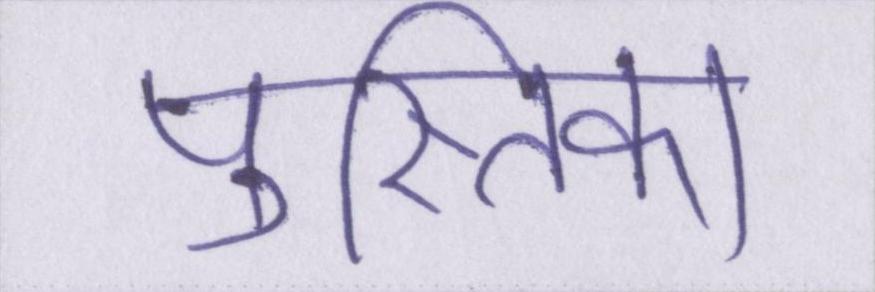
पुस्तिका